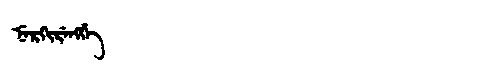
Manchu: ᠨᡝᡵᡴᡳᡵᡝᠩᡤᡝ
Romanization: NERKIRENGGE